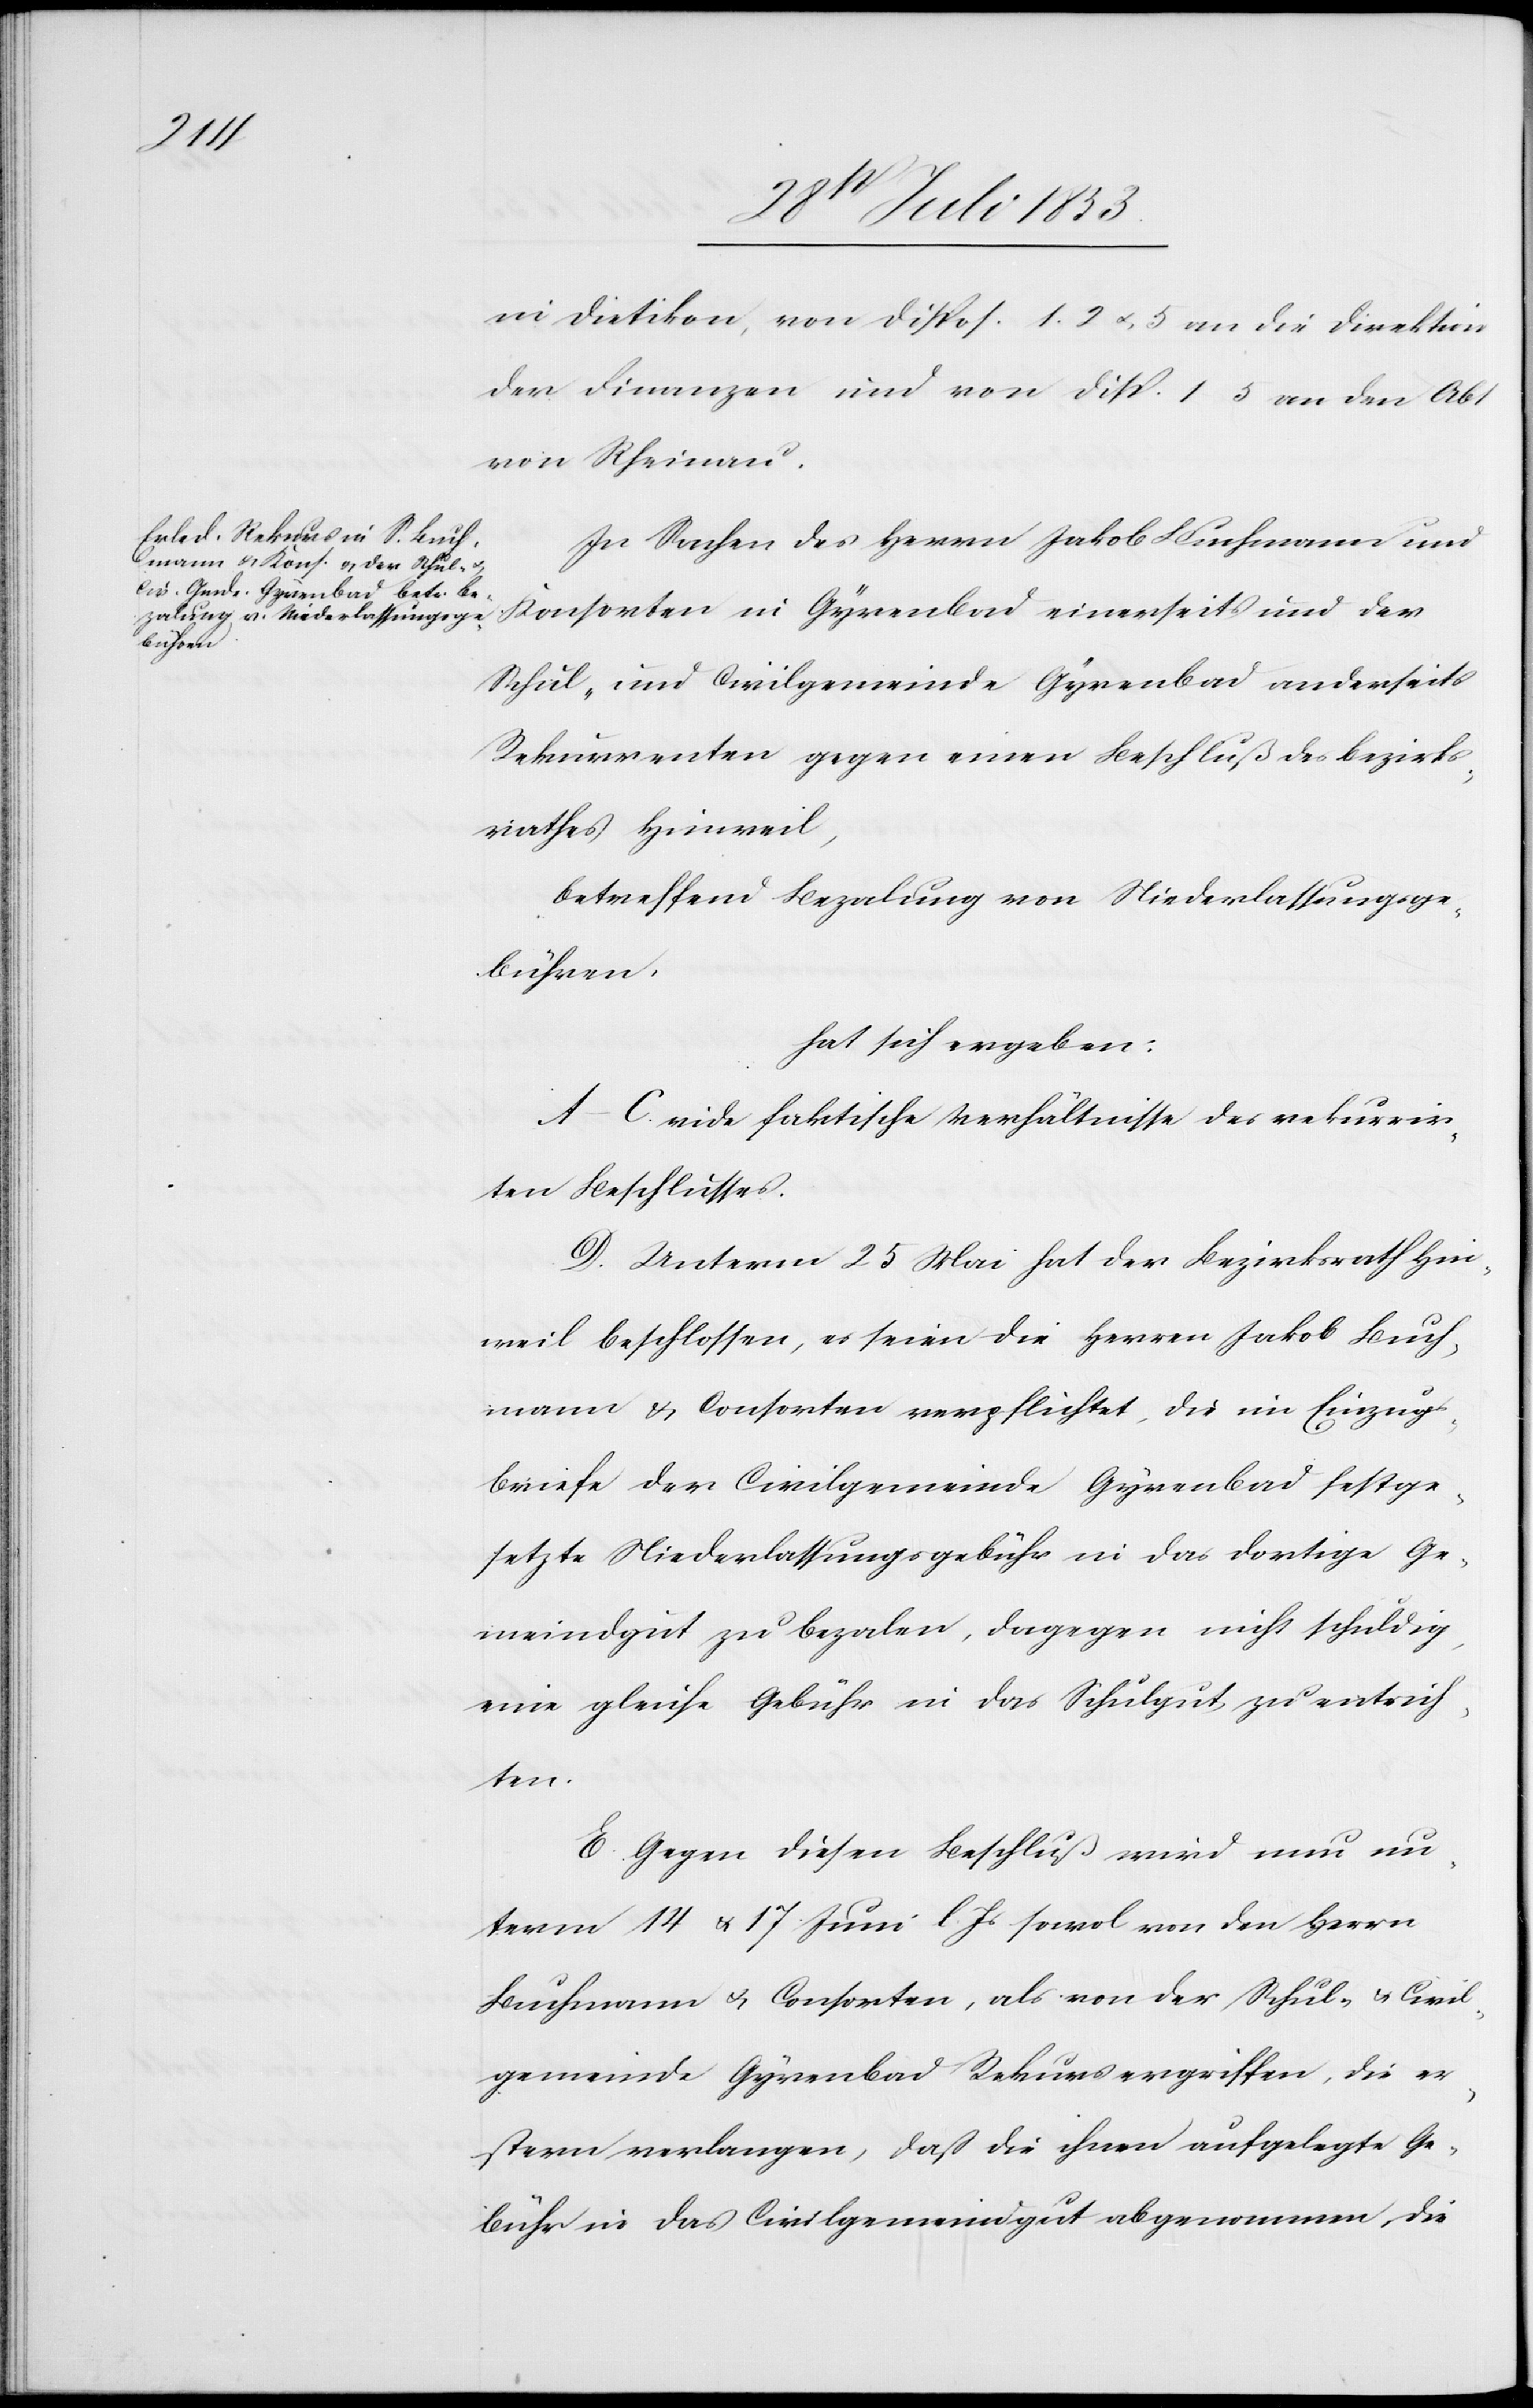
in Dietikon, von Disp. 1, 2, u. 5 an die Direktion
der Finanzen und von Disp. 1–5 an den Abt
von Scheinau.
In Sachen des Herrn Jakob Buchmann und
Konsorten
Schul- und Civilgemeinde Gyrenbad anderseits
Rekurrenten gegen einen Beschluß des Bezirks¬
rathes Hinweil,
betreffend Bezalung von Niederlassungsge¬
bühren.
hat sich ergeben:
A–C. vide faktische Verhältniße des rekurrir¬
ten Beschlusses
D. Unterm 25 Mai hat der Bezirksrath Hin¬
weil beschlossen, es seien die Herren Jakob Buch¬
mann u. Consorten verpflichtet, die im Einzugs¬
briefe der Civilgemeinde Gyrenbad festge¬
setzte Niederlassungsgebühr in das dortige Ge¬
meindgut zu bezalen, dagegen nicht schuldig,
eine gleiche Gebühr in das Schulgut zu entrich¬
ten.
E. Gegen diesen Beschluß wird nun un¬
term 14 u. 17 Juni l. Js. sowol von den Herrn
Buchmann u. Consorten, als von der Schul- u. Civil¬
gemeinde Gyrenbad Rekurs ergriffen, die er¬
stern verlangen, daß die ihnen aufgelegte Ge¬
bühr in das Civilgemeindgut abgenommen die